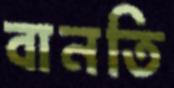
বানতি